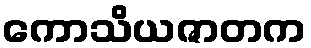
ကောသိယဇာတက